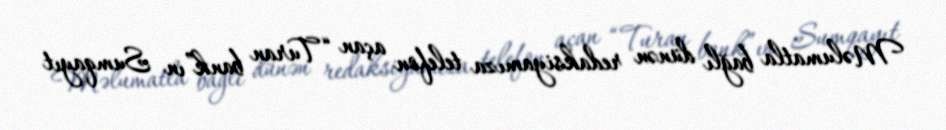
Məlumatla bağlı dünən redaksiyamıza telefon açan “Turan bank”ın Sumqayıt